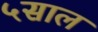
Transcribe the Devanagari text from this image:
५साल